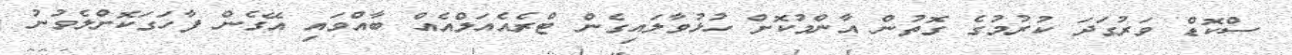
ސްކޮޑް ވަރުގަދަ ކުރުމުގެ ގޮތުން އާންމުކޮށް ހުޅުވާލައިގެން ޓްރެއެއަލްއެއް ބާއްވައި އޭގެން ފާހަގަކޮށްލެވުނު